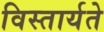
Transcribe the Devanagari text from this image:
विस्तार्यते